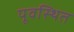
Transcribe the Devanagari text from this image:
पूवस्थित